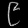
Digit: ၉